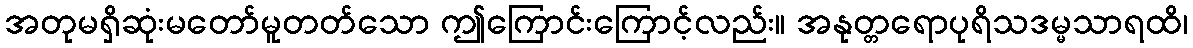
အတုမရှိဆုံးမတော်မူတတ်သော ဤကြောင်းကြောင့်လည်း။ အနုတ္တရောပုရိသဒမ္မသာရထိ၊